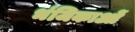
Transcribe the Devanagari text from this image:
भंजिकाओं